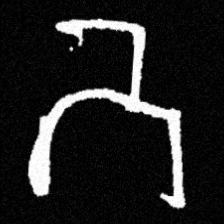
Pyu character \u2014 Myanmar letter: ဘ (romanized: bha)